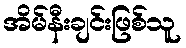
အိမ်နီးချင်းဖြစ်သူ